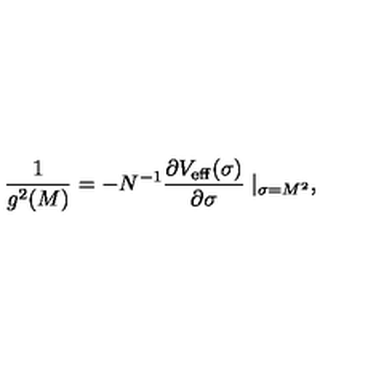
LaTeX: { \frac { 1 } { g ^ { 2 } ( M ) } } = - N ^ { - 1 } { \frac { \partial V _ { \mathrm { e f f } } ( \sigma ) } { \partial \sigma } } \mid _ { \sigma = M ^ { 2 } } ,